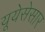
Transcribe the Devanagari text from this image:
यूयेसेसार